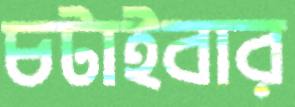
চটাইবার